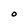
Character: O